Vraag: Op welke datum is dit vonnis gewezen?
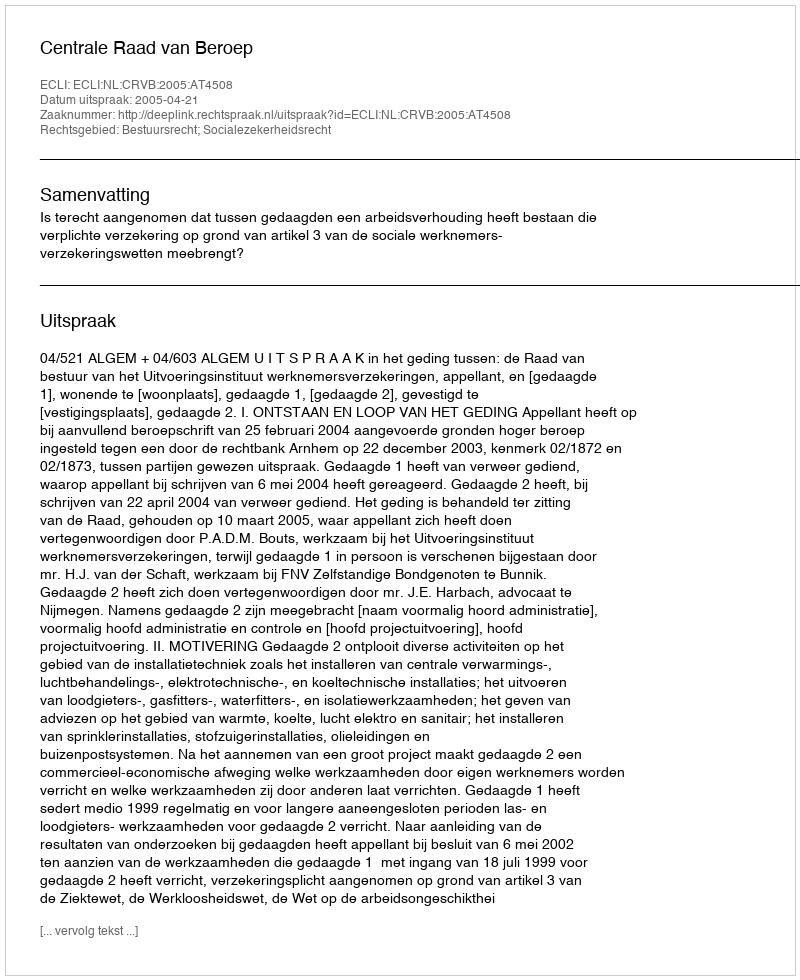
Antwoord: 2005-04-21